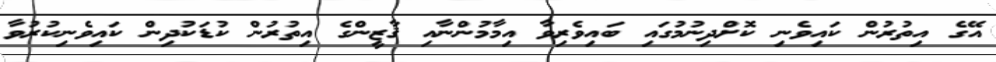
އޭގެ އިތުރުން ކައިވެނި ކޮށްދިނުމުގައި ބައިވެރިވާ އިމާމުންނާއި ޤާޒީންގެ އިތުރުން ކުޑަކުދިން ކައިވެނިކުރުވާ